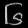
Digit: ၆